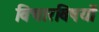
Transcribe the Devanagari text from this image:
विचारविषयों